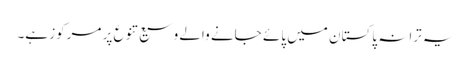
یہ ترانہ پاکستان میں پائے جانے والے وسیع تنوع پر مرکوز ہے۔